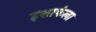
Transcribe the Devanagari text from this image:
इशाफंला